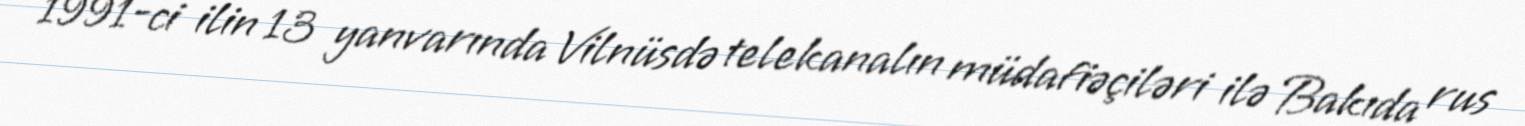
1991-ci ilin 13 yanvarında Vilnüsdə telekanalın müdafiəçiləri ilə Bakıda rus